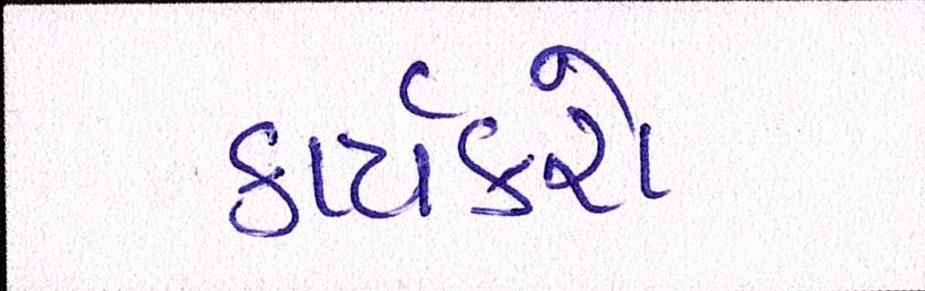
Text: કાર્યકરો